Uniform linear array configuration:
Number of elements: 48
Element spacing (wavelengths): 1
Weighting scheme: hann
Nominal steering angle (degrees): -30
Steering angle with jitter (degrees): -28.903
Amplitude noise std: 0.05
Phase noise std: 0.05

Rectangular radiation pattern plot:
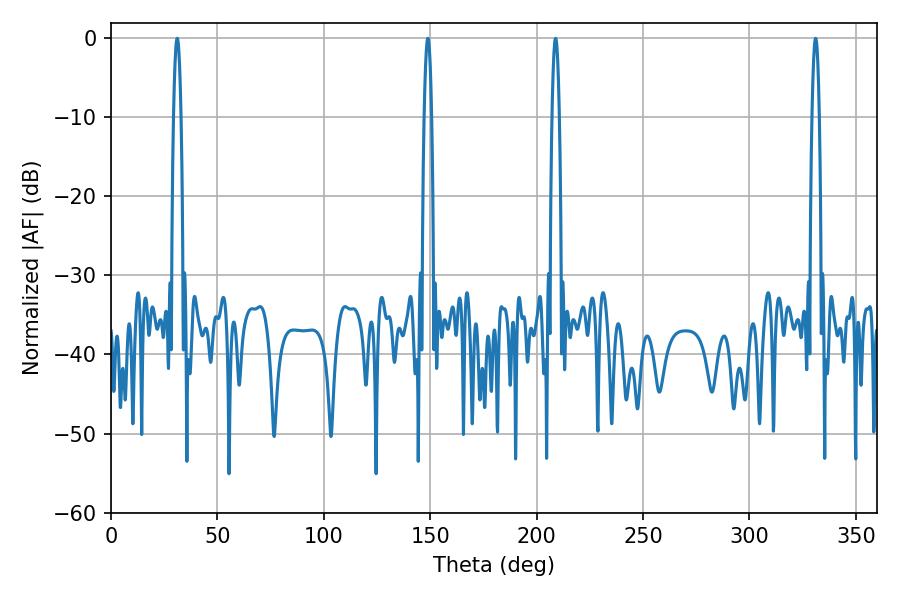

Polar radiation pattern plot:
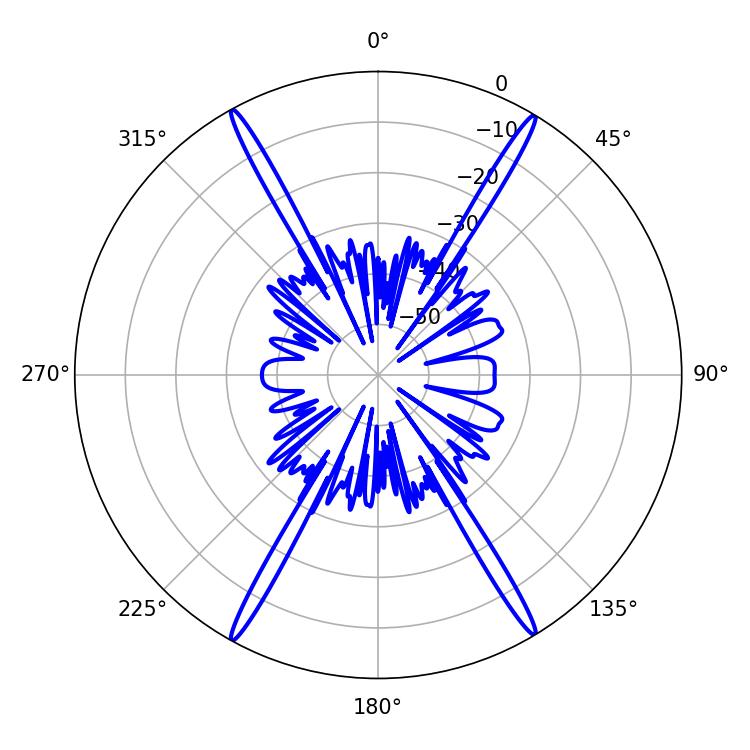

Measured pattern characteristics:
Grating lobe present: TRUE
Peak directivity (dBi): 27.758
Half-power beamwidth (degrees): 1.8
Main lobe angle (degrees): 31.14